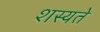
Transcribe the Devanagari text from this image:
शस्यते